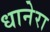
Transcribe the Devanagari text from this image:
धानेरा